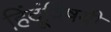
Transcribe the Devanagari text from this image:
हिंदूंविषयी